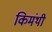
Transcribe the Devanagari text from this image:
किमंथी